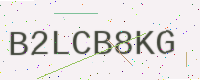
Text: B2LCB8KG